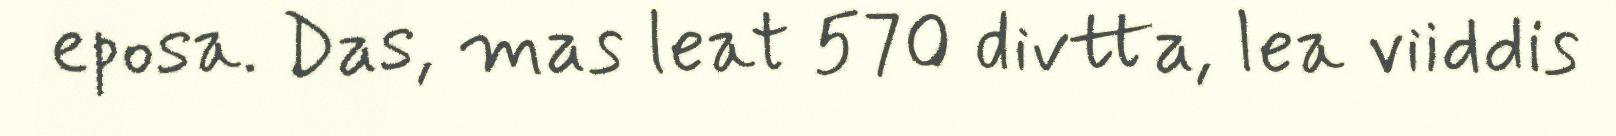
eposa. Das, mas leat 570 divtta, lea viiddis